Scottish Leaving Certificate Examination, 1961
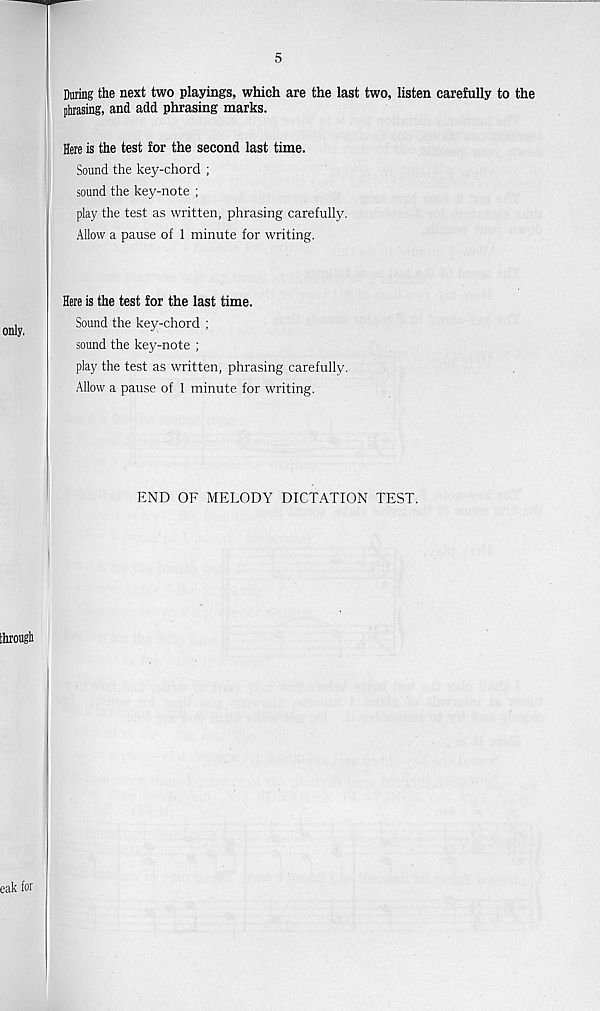
During the next two playings, which are the last two, listen carefully to the
phrasing, and add phrasing marks.
Here is the test for the second last time.
Sound the key-chord ;
sound the key-note ;
play the test as written, phrasing carefully.
Allow a pause of 1 minute for writing.
Here is the test for the last time.
Sound the key-chord ;
sound the key-note ;
play the test as written, phrasing carefully.
Allow a pause of 1 minute for writing.
END OF MELODY DICTATION TEST.